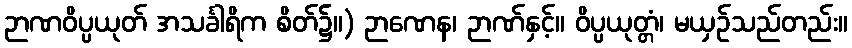
ဉာဏဝိပ္ပယုတ် အသင်္ခါရိက စိတ်၌။) ဉာဏေန၊ ဉာဏ်နှင့်။ ဝိပ္ပယုတ္တံ၊ မယှဉ်သည်တည်း။